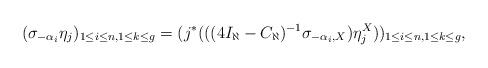
LaTeX: \begin{align*}(\sigma_{-\alpha_i} \eta_j)_{1\leq i\leq n, 1\leq k\leq g} = (j^*(((4I_\aleph-C_\aleph)^{-1}\sigma_{-\alpha_i,X}) \eta_j^X))_{1\leq i\leq n, 1\leq k\leq g},\end{align*}